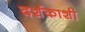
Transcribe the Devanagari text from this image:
दर्शकाशी